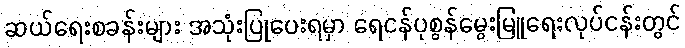
ဆယ်ရေးစခန်းများ အသုံးပြုပေးရမှာ ရေငန်ပုစွန်မွေးမြူရေးလုပ်ငန်းတွင်